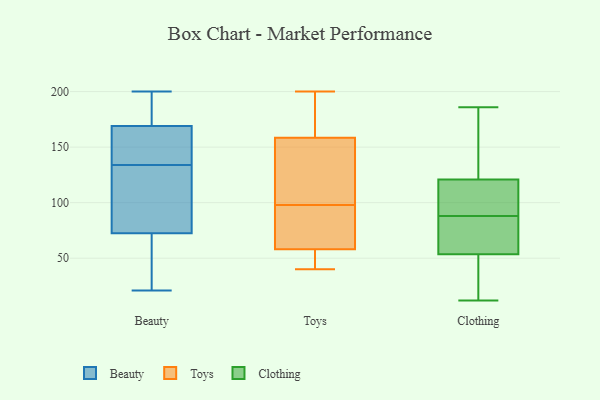
{"axis": {"x": "Population (Million)", "y": "Value"}, "legend": ["Beauty", "Clothing", "Toys"], "data": [{"x": "", "y": 21, "type": "Beauty"}, {"x": "", "y": 200, "type": "Beauty"}, {"x": "", "y": 169, "type": "Beauty"}, {"x": "", "y": 66, "type": "Beauty"}, {"x": "", "y": 169, "type": "Beauty"}, {"x": "", "y": 143, "type": "Beauty"}, {"x": "", "y": 196, "type": "Beauty"}, {"x": "", "y": 58, "type": "Beauty"}, {"x": "", "y": 126, "type": "Beauty"}, {"x": "", "y": 134, "type": "Beauty"}, {"x": "", "y": 92, "type": "Beauty"}, {"x": "", "y": 163, "type": "Toys"}, {"x": "", "y": 170, "type": "Toys"}, {"x": "", "y": 102, "type": "Toys"}, {"x": "", "y": 96, "type": "Toys"}, {"x": "", "y": 98, "type": "Toys"}, {"x": "", "y": 154, "type": "Toys"}, {"x": "", "y": 184, "type": "Toys"}, {"x": "", "y": 135, "type": "Toys"}, {"x": "", "y": 75, "type": "Toys"}, {"x": "", "y": 98, "type": "Toys"}, {"x": "", "y": 40, "type": "Toys"}, {"x": "", "y": 200, "type": "Toys"}, {"x": "", "y": 63, "type": "Toys"}, {"x": "", "y": 41, "type": "Toys"}, {"x": "", "y": 199, "type": "Toys"}, {"x": "", "y": 53, "type": "Toys"}, {"x": "", "y": 92, "type": "Toys"}, {"x": "", "y": 47, "type": "Toys"}, {"x": "", "y": 121, "type": "Toys"}, {"x": "", "y": 52, "type": "Toys"}, {"x": "", "y": 110, "type": "Clothing"}, {"x": "", "y": 78, "type": "Clothing"}, {"x": "", "y": 88, "type": "Clothing"}, {"x": "", "y": 186, "type": "Clothing"}, {"x": "", "y": 40, "type": "Clothing"}, {"x": "", "y": 99, "type": "Clothing"}, {"x": "", "y": 126, "type": "Clothing"}, {"x": "", "y": 133, "type": "Clothing"}, {"x": "", "y": 40, "type": "Clothing"}, {"x": "", "y": 134, "type": "Clothing"}, {"x": "", "y": 73, "type": "Clothing"}, {"x": "", "y": 111, "type": "Clothing"}, {"x": "", "y": 12, "type": "Clothing"}, {"x": "", "y": 58, "type": "Clothing"}, {"x": "", "y": 83, "type": "Clothing"}, {"x": "", "y": 119, "type": "Clothing"}, {"x": "", "y": 23, "type": "Clothing"}]}